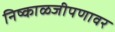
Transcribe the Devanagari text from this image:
निष्काळजीपणावर